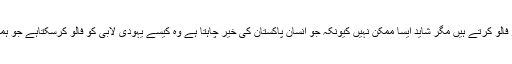
عمران خان صاحب کے بارے میں اکثر لوگ کہتے ہیں کہ یہ یہودی لابی کو فالو کرتے ہیں مگر شاید ایسا ممکن نہیں کیونکہ جو انسان پاکستان کی خیر چاہتا ہے وہ کیسے یہودی لابی کو فالو کرسکتاہے جو ہمیشہ پاکستان کی آنے والی نسل کا سوچتا ہو وہ کیسے ملک دشمن ہو سکتا ہے۔